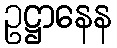
ဥဋ္ဌာနေန